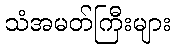
သံအမတ်ကြီးများ